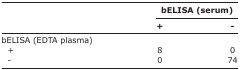
<table><thead><tr><td rowspan="3"></td><td colspan="2"><b>bELISA (serum)</b></td></tr><tr><td><b>+</b></td><td><b>-</b></td></tr></thead><tbody><tr><td>bELISA (EDTA plasma)</td><td></td><td></td></tr><tr><td> +</td><td>8</td><td>0</td></tr><tr><td> -</td><td>0</td><td>74</td></tr></tbody></table>